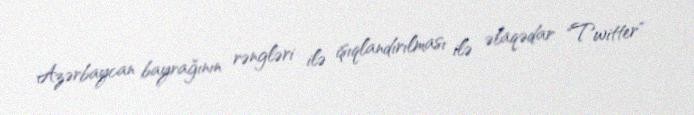
Azərbaycan bayrağının rəngləri ilə işıqlandırılması ilə əlaqədar "Twitter"